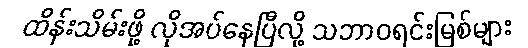
ထိန်းသိမ်းဖို့ လိုအပ်နေပြီလို့ သဘာဝရင်းမြစ်များ